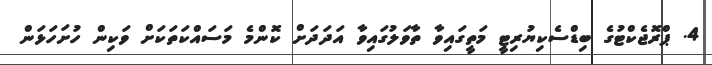
4. ޕްރޮޖެކްޓުގެ ބިޑްސެކިޔުރިޓީ މަތީގައިވާ ތާވަލުގައިވާ އަދަދަށް ކޮންމެ މަސައްކަތަކަށް ވަކިން ހުށަހަޅަން